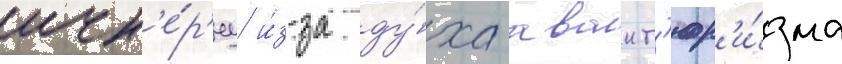
ичк'е́р'иу и́з-за ду́ха авант'юр'и́зма